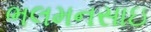
ભલમનસાઇ